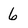
Character: 6